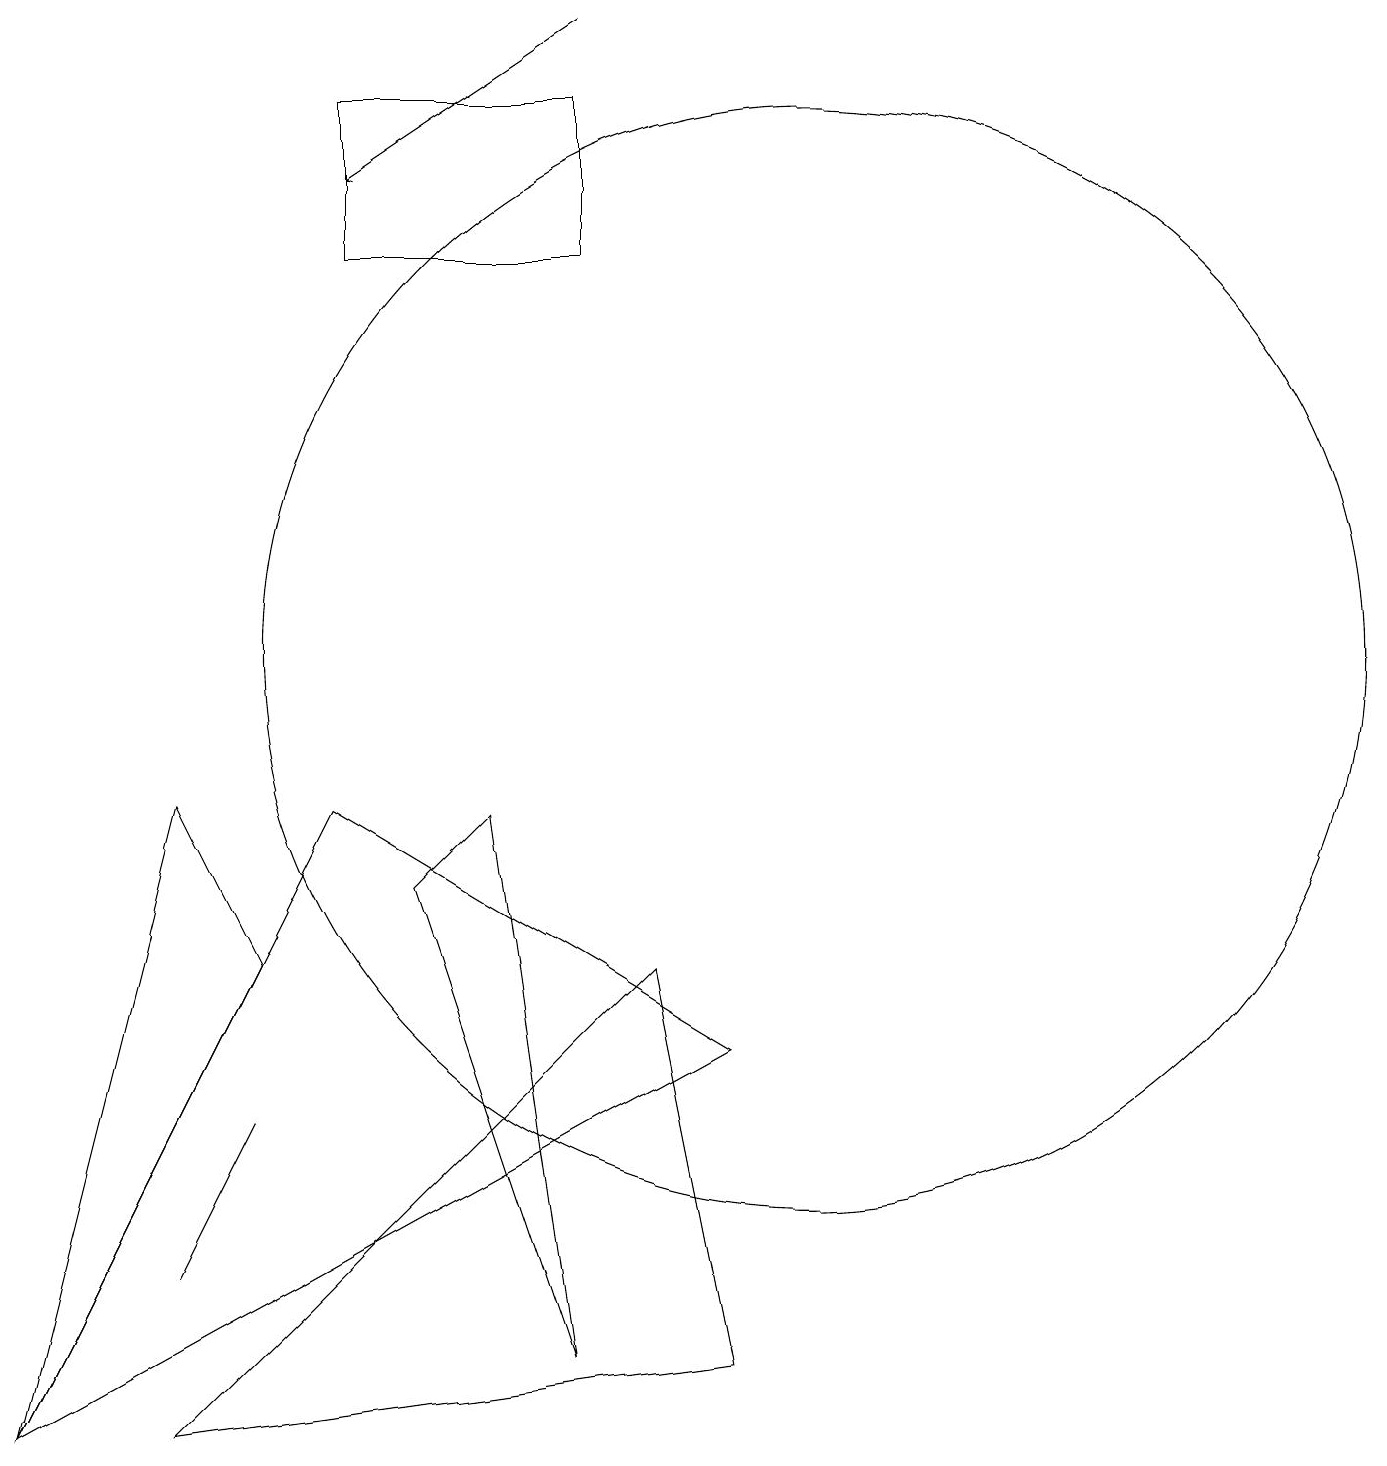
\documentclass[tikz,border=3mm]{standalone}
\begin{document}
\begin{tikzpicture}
\draw[->] (7,19) -- (4,17);
\draw (4,9) -- (0,1) -- (9,6) -- cycle;
\draw (2,3) -- (3,5) -- (3,5) -- cycle;
\draw (9,2) -- (2,1) -- (8,7) -- cycle;
\draw (4,18) rectangle (7,16);
\draw (0,1) -- (2,9) -- (3,7) -- cycle;
\draw (7,2) -- (5,8) -- (6,9) -- cycle;
\draw (10,11) circle (7);
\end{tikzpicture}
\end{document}